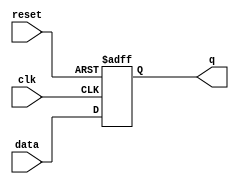
module synchronous_ff(input wire clk, input wire reset, input wire data, output reg q);

always @(negedge clk or posedge reset) begin
    if (reset) begin
        q <= 1'b0;
    end else begin
        q <= data;
    end
end

endmodule